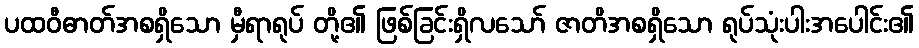
ပထဝီဓာတ်အစရှိသော မှီရာရုပ် တို့၏ ဖြစ်ခြင်းရှိလသော် ဇာတိအစရှိသော ရုပ်သုံးပါးအပေါင်း၏